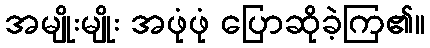
အမျိုးမျိုး အဖုံဖုံ ပြောဆိုခဲ့ကြ၏။